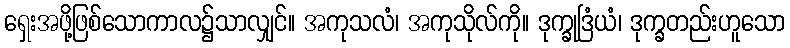
ရှေးအဖို့ဖြစ်သောကာလ၌သာလျှင်။ အကုသလံ၊ အကုသိုလ်ကို။ ဒုက္ခုဒြံယံ၊ ဒုက္ခတည်းဟူသော